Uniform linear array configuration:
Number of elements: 24
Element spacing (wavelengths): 0.5
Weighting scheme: binomial
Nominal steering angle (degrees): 45
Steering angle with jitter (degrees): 44.569
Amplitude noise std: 0.05
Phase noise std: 0.05

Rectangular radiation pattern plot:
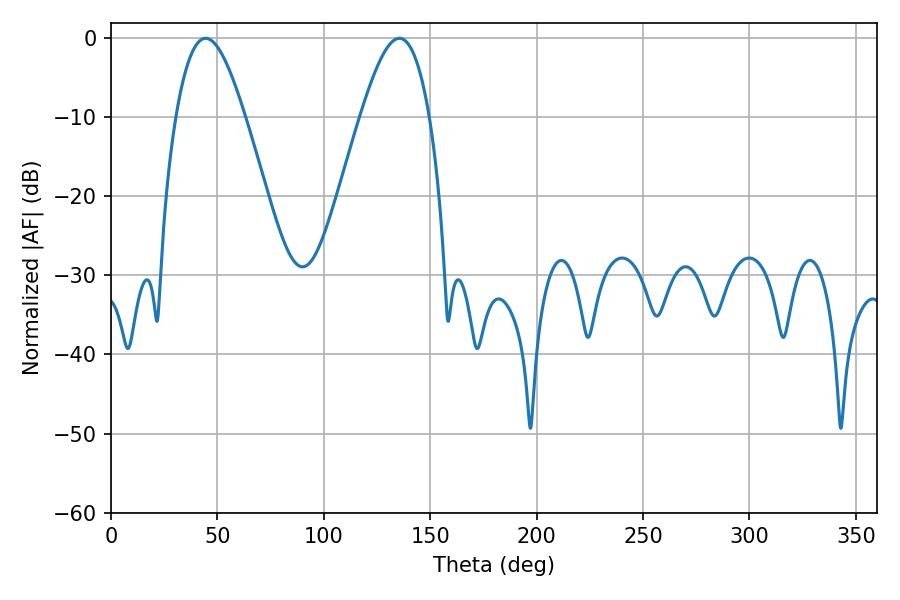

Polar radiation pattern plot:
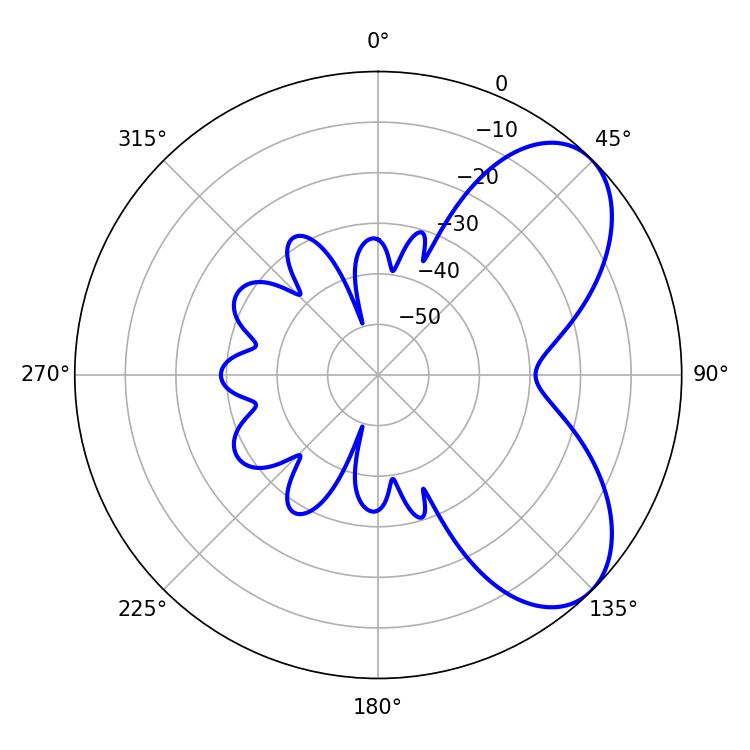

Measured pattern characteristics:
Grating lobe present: FALSE
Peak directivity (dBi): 6.271
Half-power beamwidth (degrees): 17.46
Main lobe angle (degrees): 44.46